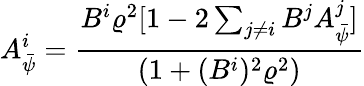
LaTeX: A_{\bar{\psi}}^{i}=\frac{B^{i}\varrho^{2}[1-2\sum_{j\neq i}B^{j}A_{\bar{\psi}}^{j}]}{(1+(B^{i})^{2}\varrho^{2})}